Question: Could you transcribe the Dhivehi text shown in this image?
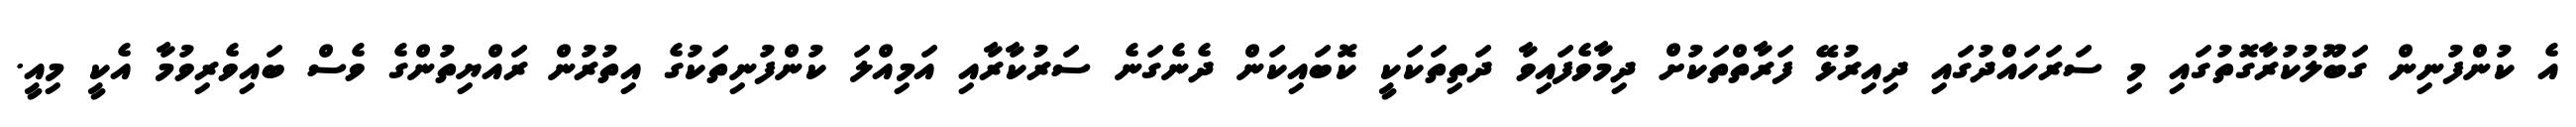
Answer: އެ ކުންފުނިން ގަބޫލުކުރާގޮތުގައި މި ސަރަހައްދުގައި ދިއިރުޅޭ ފަރާތްތަކުށް ދިމާވެފައިވާ ދަތިތަކަކީ ކޮބައިކަން ދެނެގަނެ ސަރުކާރާއި އަމިއްލަ ކުންފުނިތަކުގެ އިތުރުން ރައްޔިތުންގެ ވެސް ބައިވެރިވުމާ އެކީ މިއީ.